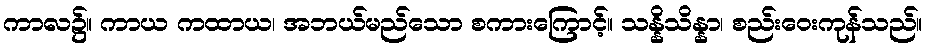
ကာလ၌။ ကာယ ကထာယ၊ အဘယ်မည်သော စကားကြောင့်။ သန္နိသိန္နာ၊ စည်းဝေးကုန်သည်။